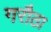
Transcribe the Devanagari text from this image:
गरौठा